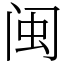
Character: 闽